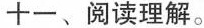
十一、阅读理解。